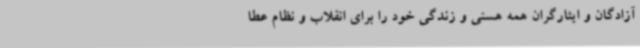
آزادگان و ایثارگران همه هستی و زندگی خود را برای انقلاب و نظام عطا